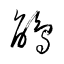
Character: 鵑